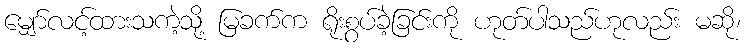
မျှော်လင့်ထားသကဲ့သို့ မြခက်က ရိုးစွပ်ခဲ့ခြင်းကို ဟုတ်ပါသည်ဟုလည်း မဆို၊